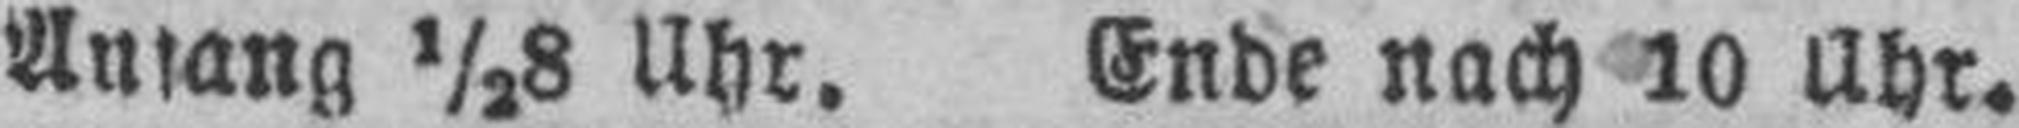
Anfang ½8 Uhr. Ende nach 10 Uhr.